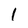
Character: 1